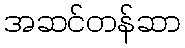
အဆင်တန်ဆာ